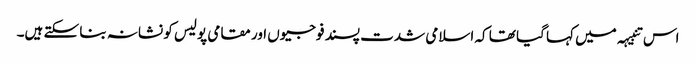
اس تنبیہہ میں کہا گیا تھا کہ اسلامی شدت پسند فوجیوں اور مقامی پولیس کو نشانہ بنا سکتے ہیں۔